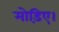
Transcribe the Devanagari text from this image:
मोड़िए।